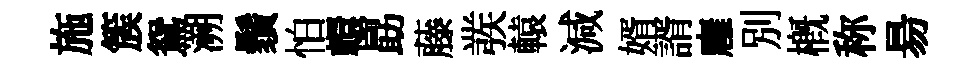
施簇鴛溯鬚怕轘勗藤彂轅減婿諝廱別槪称昜